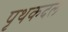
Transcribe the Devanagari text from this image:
पृथकदल